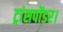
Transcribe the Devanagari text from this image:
ट्रांसपोंडर।